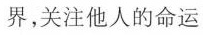
界，关注他人的命运